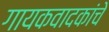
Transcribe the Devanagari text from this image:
गायकवादकांचे